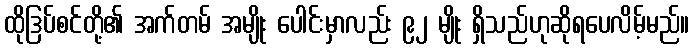
ထိုဒြပ်စင်တို့၏ အက်တမ် အမျိုး ပေါင်းမှာလည်း ၉၂ မျိုး ရှိသည်ဟုဆိုရပေလိမ့်မည်။